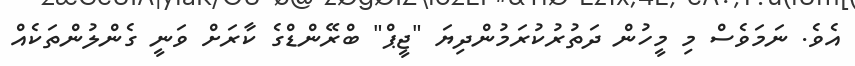
އެވެ. ނަމަވެސް މި މީހުން ދަތުރުކުރަމުންދިޔަ "ޖީޕް" ބްރޭންޑްގެ ކާރަށް ވަނީ ގެންލުންތަކެއް